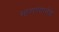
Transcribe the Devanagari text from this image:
म्हणण्यानेच